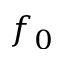
f _ { 0 }